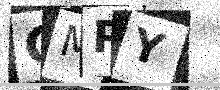
Text: CMPY